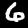
Digit: 6